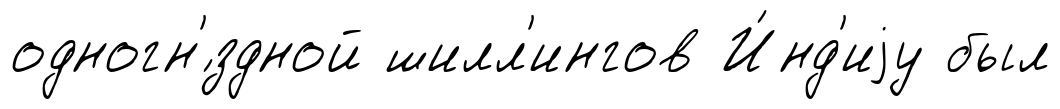
одногн'́здной шилл'ингов И́нд'иjу был